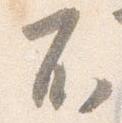
不